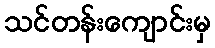
သင်တန်းကျောင်းမှ